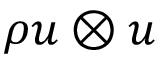
\rho u \otimes u